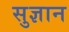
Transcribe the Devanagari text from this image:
सुज्ञान